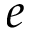
e